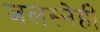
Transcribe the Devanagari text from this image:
जलस्नेही